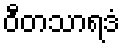
ဝီတသာရဒံ